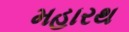
મહારથ